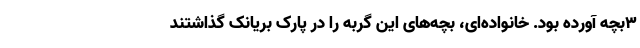
۳بچه آورده بود. خانواده‌ای، بچه‌های این گربه را در پارک بریانک گذاشتند